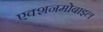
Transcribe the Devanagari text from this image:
एक्शनमोबाइल